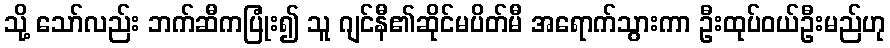
သို့ သော်လည်း ဘက်ဆီကပြုံး၍ သူ ဂျင်နီ၏ဆိုင်မပိတ်မီ အရောက်သွားကာ ဦးထုပ်ဝယ်ဦးမည်ဟု